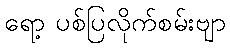
ရော့ ပစ်ပြလိုက်စမ်းဗျာ